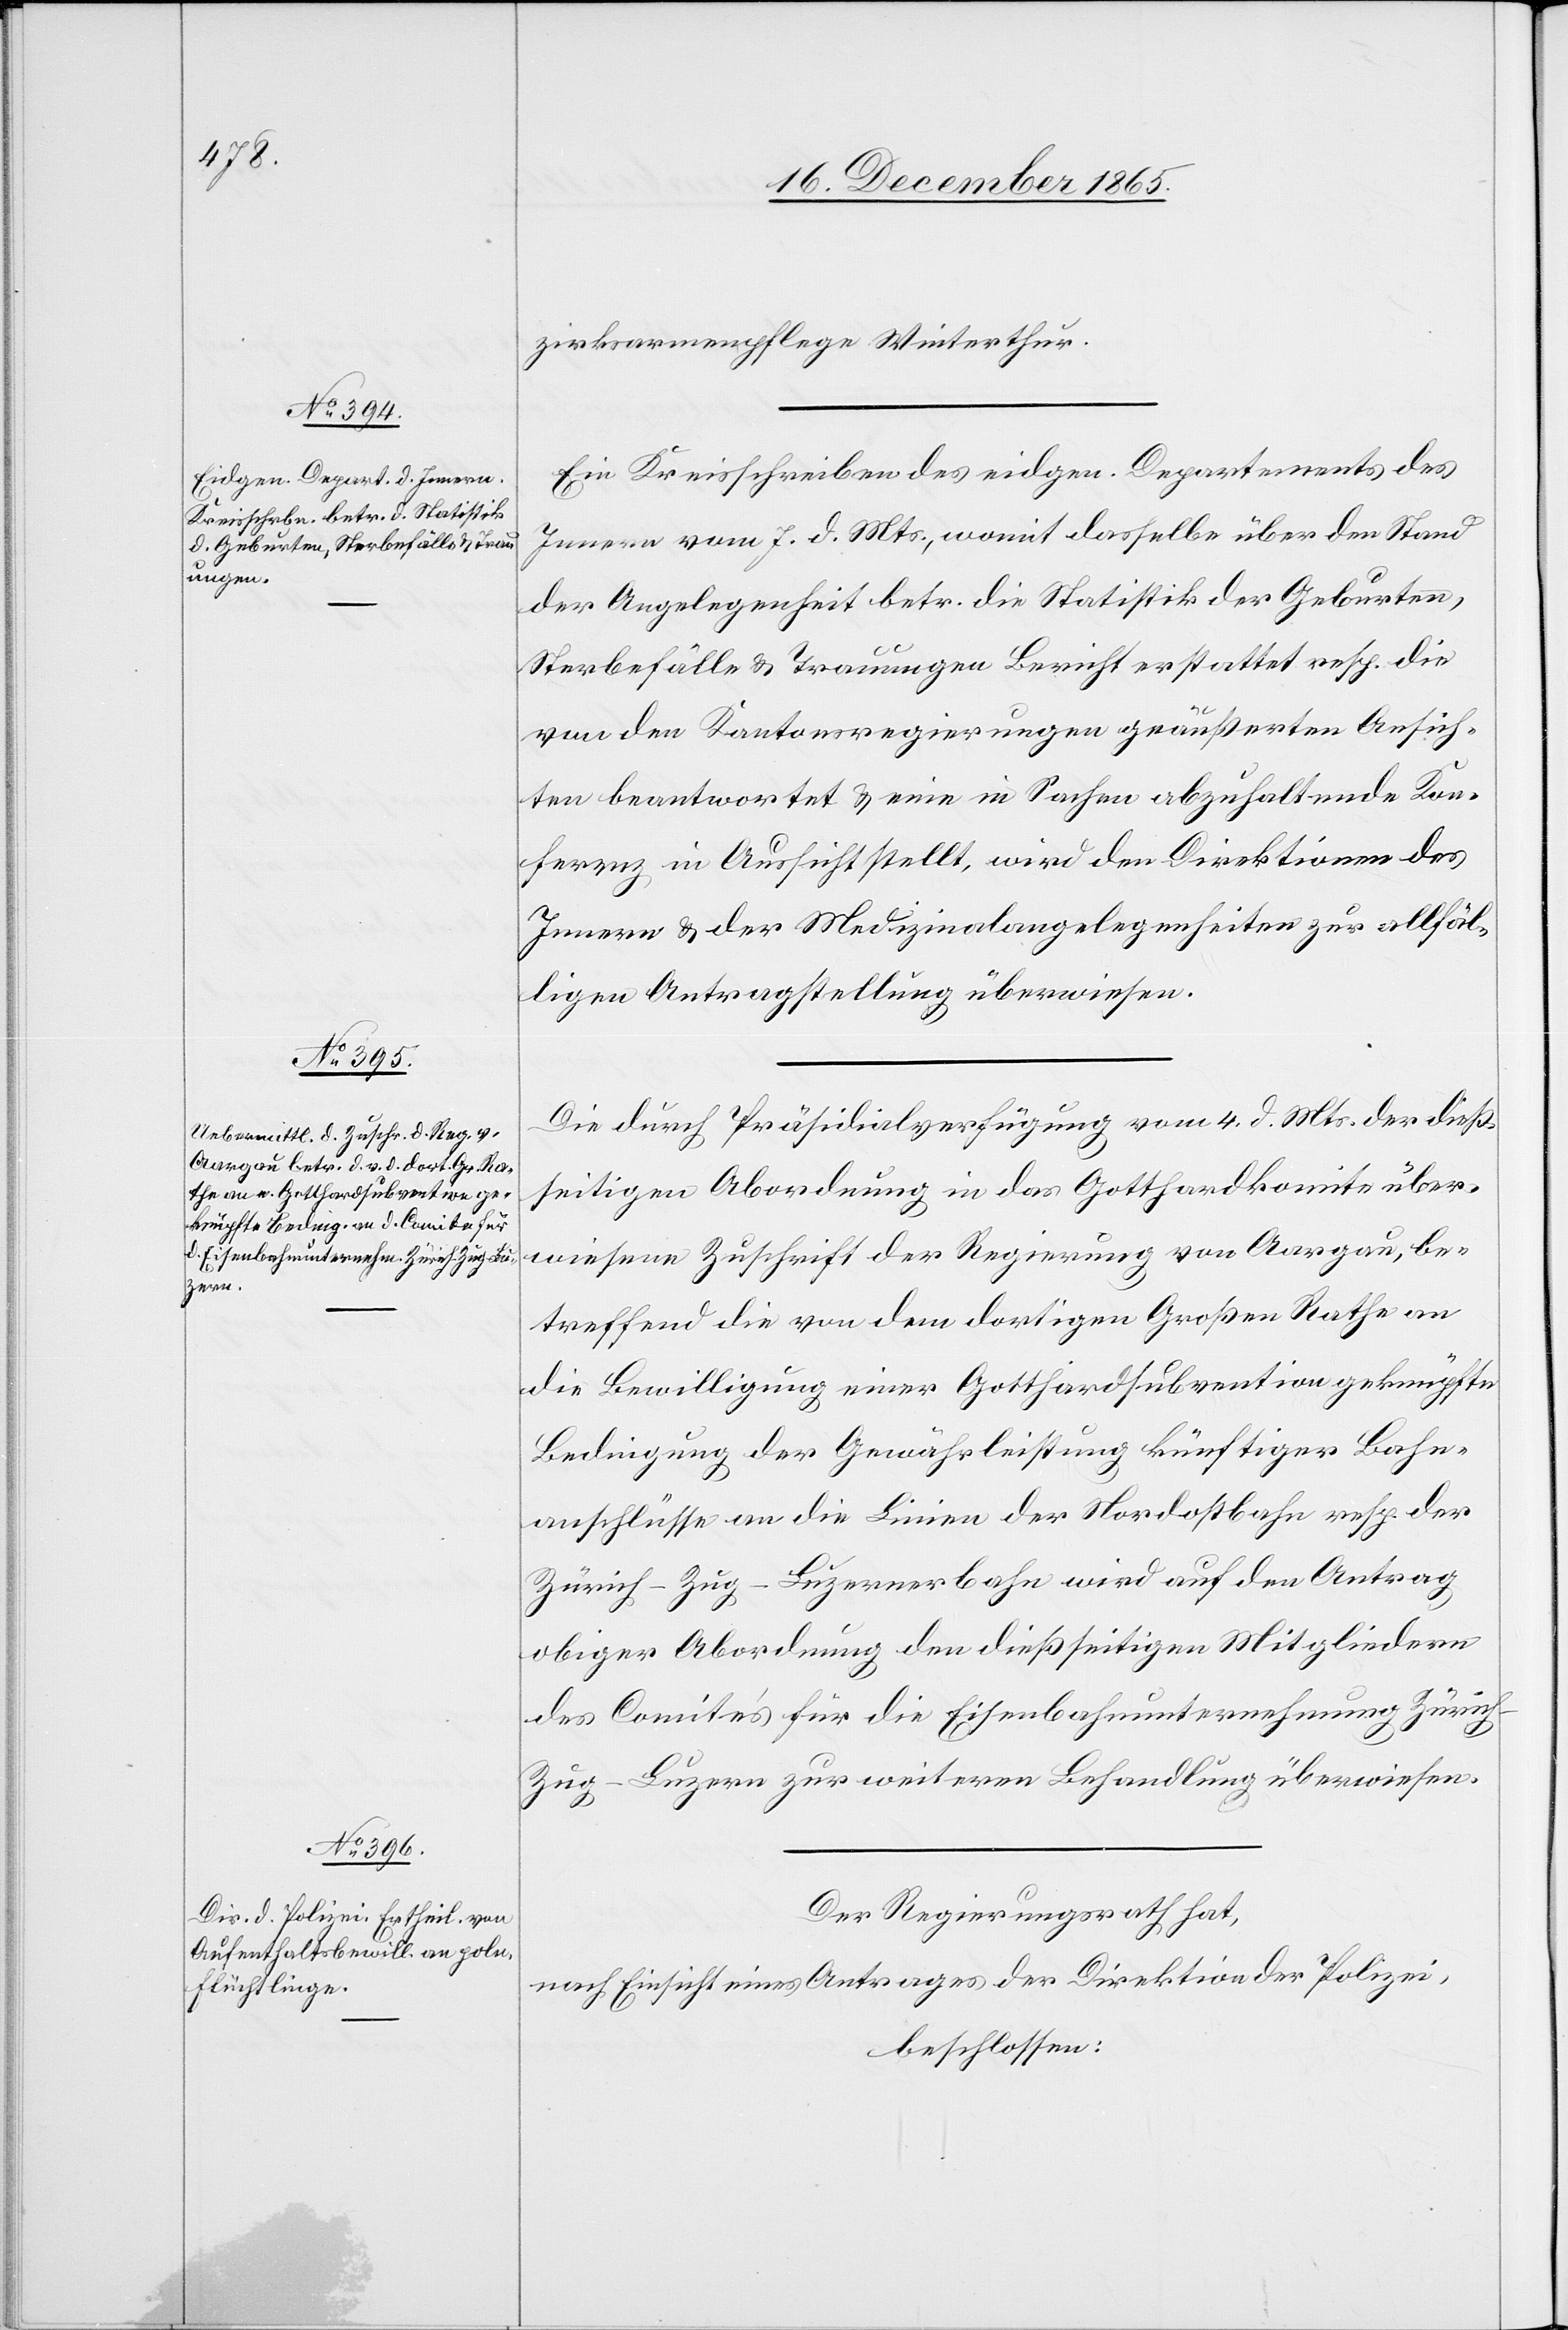
zirksarmenpflege Winterthur.
Ein Kreisschreiben des eidgen. Departements des
Innern vom 7. d. Mts., womit dasselbe über den Stand
der Angelegenheit betr. die Statistik der Geburten,
Sterbefälle & Trauungen Bericht erstattet resp. die
von den Kantonsregierungen geäußerten Ansich¬
ten beantwortet & eine in Sache abzuhaltende Kon¬
ferenz in Aussicht stellt, wird den Direktionen des
Innern & der Medizinalangelegenheiten zur allfäl¬
ligen Antragstellung überwiesen.
Die durch Präsidialverfügung vom 4. d. Mts. der dieß¬
seitigen Abordnung in das Gotthardkomite über¬
wiesene Zuschrift der Regierung von Aargau, be¬
treffend die von dem dortigen Großen Rathe an
die Bewilligung einer Gotthardsubvention geknüpfte
Bedingung der Gewährleistung künftiger Bahn¬
anschlüsse an die Linien der Nordostbahn resp. der
Zürich–Zug–Luzernerbahn wird auf den Antrag
obiger Abordnung den dießseitigen Mitgliedern
des Comités für die Eisenbahnunternehmung Züric¬
h–Zug–Luzern zur weiteren Behandlung überwiesen.
Der Regierungsrath hat,
nach Einsicht eines Antrages der Direktion der Polizei,
beschlossen: